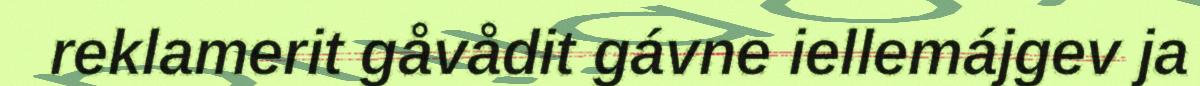
reklamerit gåvådit gávne iellemájgev ja